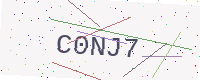
Text: C0NJ7